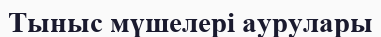
Тыныс мүшелері аурулары